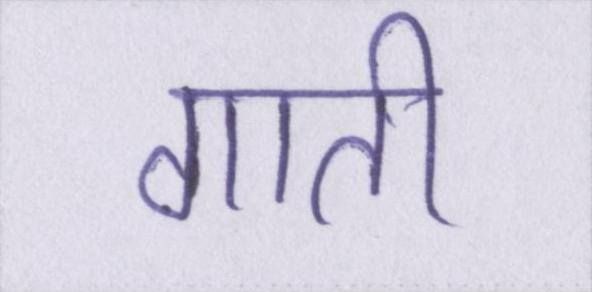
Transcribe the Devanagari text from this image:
गाती